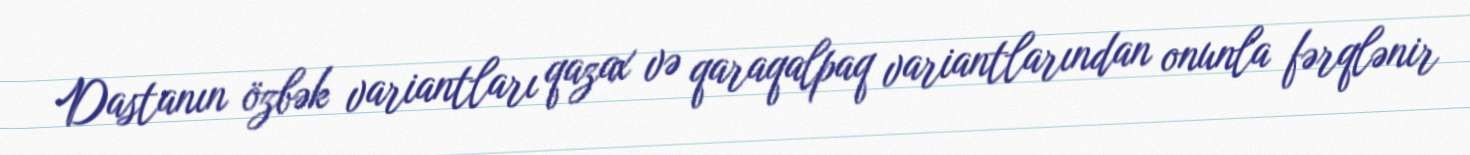
Dastanın özbək variantları qazax və qaraqalpaq variantlarından onunla fərqlənir